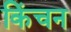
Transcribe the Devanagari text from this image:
किंचन